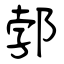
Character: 郣